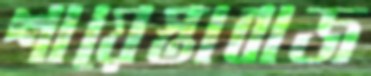
শায়েস্তাবাজ